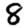
Digit: 8